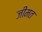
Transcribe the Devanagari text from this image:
जीमत